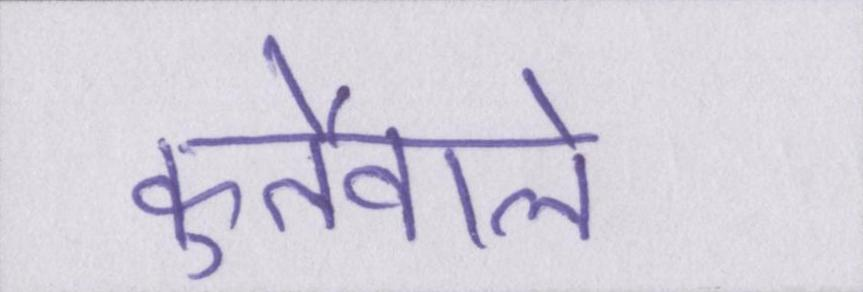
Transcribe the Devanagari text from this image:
कुर्तेवाले